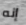
إنه